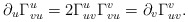
\begin{align*} \partial_u\Gamma_{vu}^u=2\Gamma_{uv}^u\Gamma_{vu}^v=\partial_v\Gamma_{uv}^v.\end{align*}